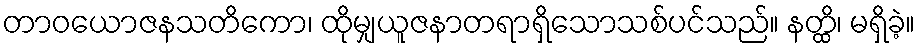
တာဝယောဇနသတိကော၊ ထိုမျှယူဇနာတရာရှိသောသစ်ပင်သည်။ နတ္ထိ၊ မရှိခဲ့။